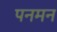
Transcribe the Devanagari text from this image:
पनमन